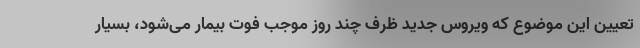
تعیین این موضوع که ویروس جدید ظرف چند روز موجب فوت بیمار می‌شود، بسیار